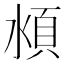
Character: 𰜏